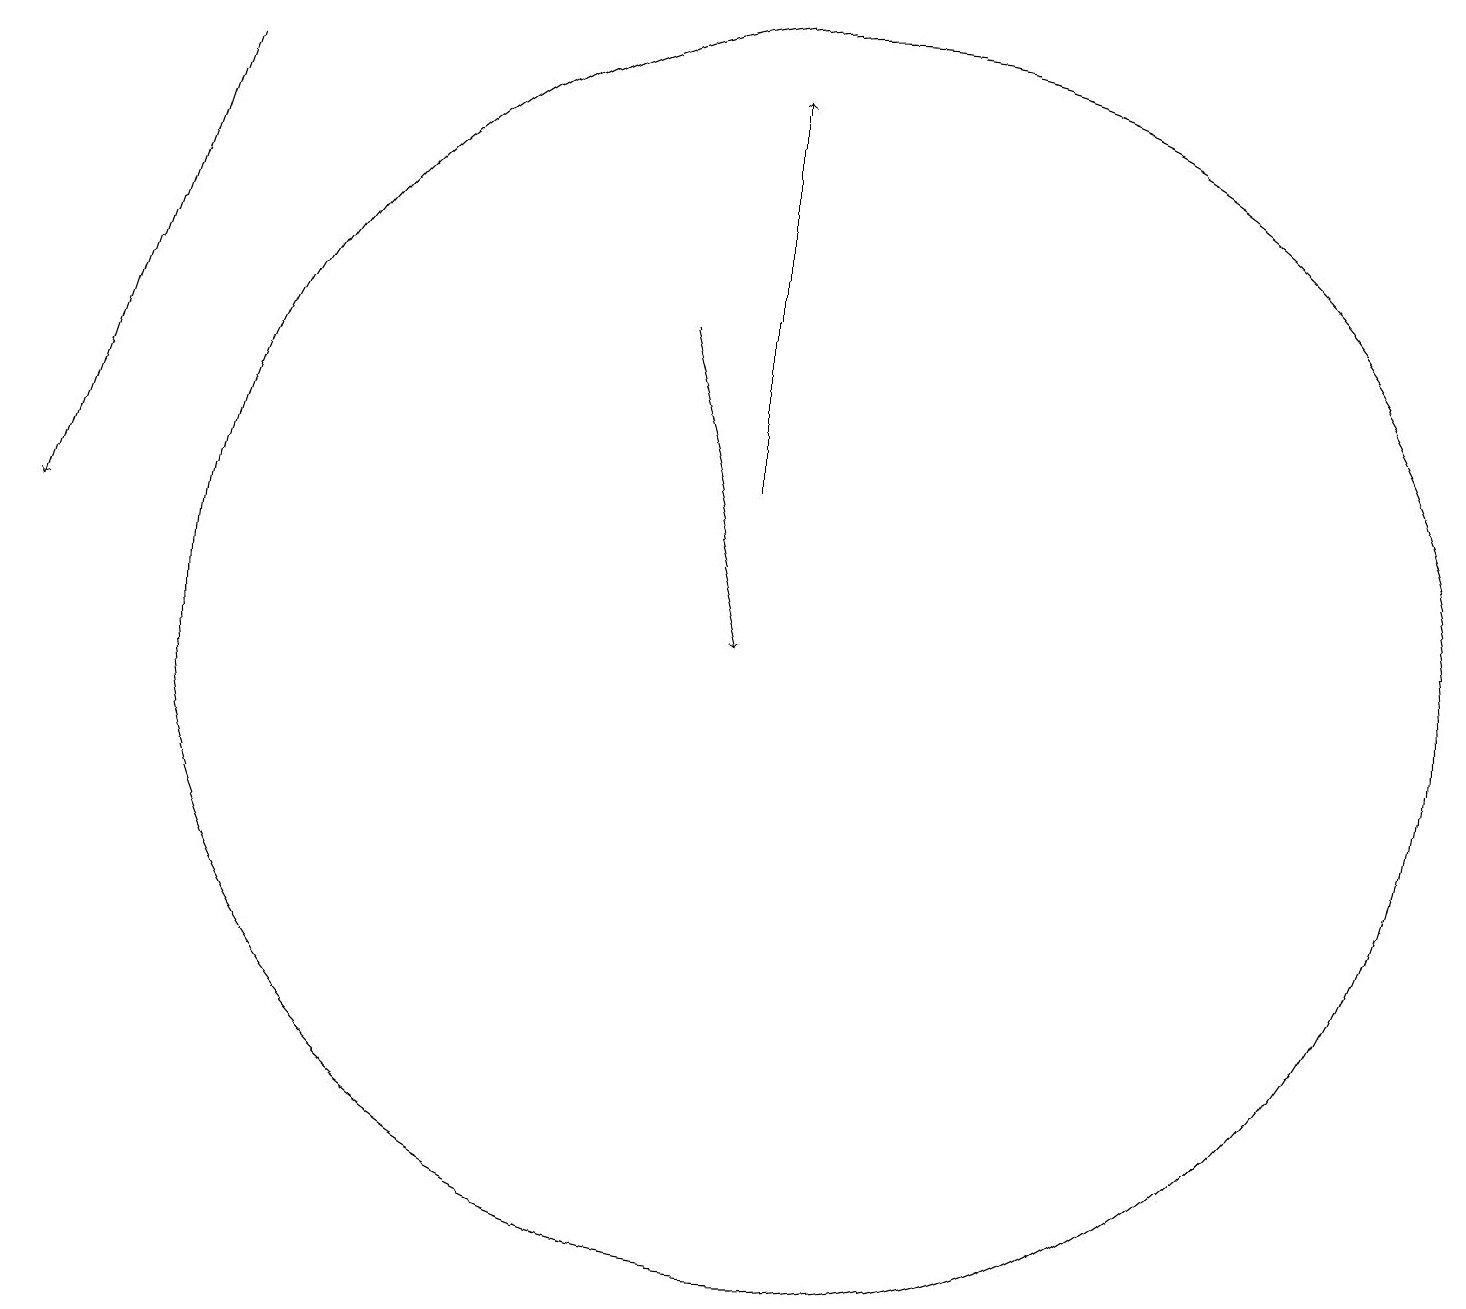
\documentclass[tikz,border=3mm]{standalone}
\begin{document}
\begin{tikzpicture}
\draw[->] (8,14) -- (9,10);
\draw[->] (9,12) -- (9,17);
\draw[->] (2,17) -- (0,11);
\draw (10,10) circle (8);
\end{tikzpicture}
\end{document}